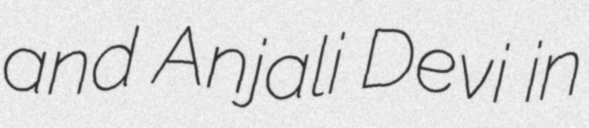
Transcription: and Anjali Devi in